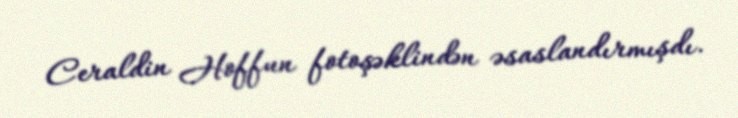
Ceraldin Hoffun fotoşəklindən əsaslandırmışdı.